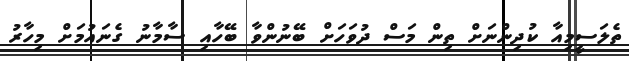
ތެލަސީމިއާ ކުދިންނަށް ތިން މަސް ދުވަހަށް ބޭނުންވާ ބޭހާއި ސާމާނު ގެނައުމަށް މިހާރު